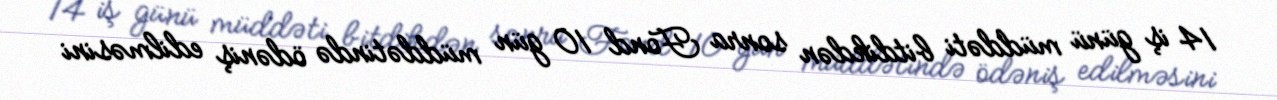
14 iş günü müddəti bitdikdən sonra Fond 10 gün müddətində ödəniş edilməsini